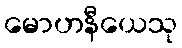
မောဟနီယေသု